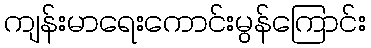
ကျန်းမာရေးကောင်းမွန်ကြောင်း